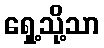
ရှေ့သို့သာ